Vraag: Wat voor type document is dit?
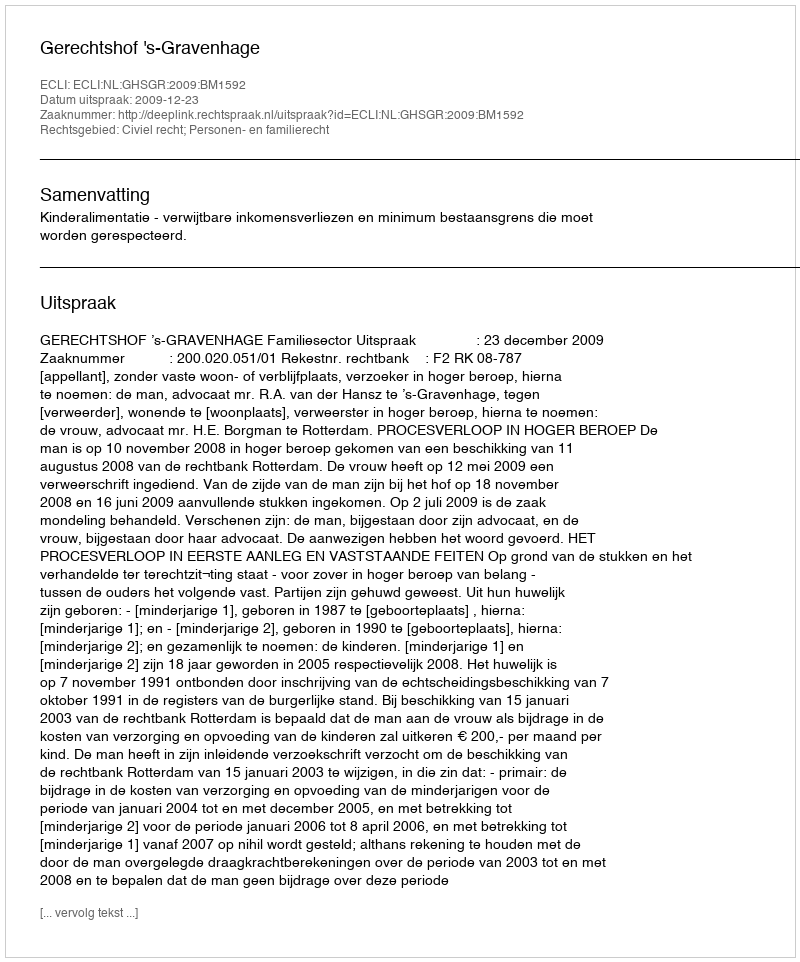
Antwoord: Uitspraak